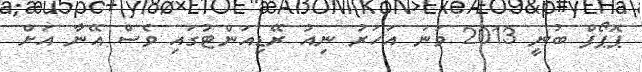
ޕޮޕޯފް ބުނީ 2013 ވަނަ އަހަރު ނިއު ރޭޑިއަންޓުގައި ވެސް އޭނާ އަށް